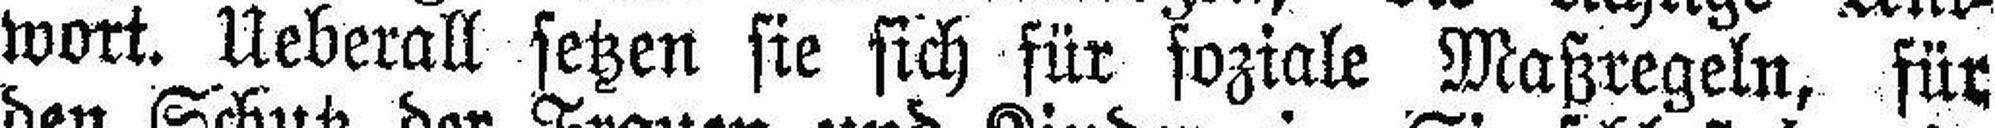
wort. Ueberall setzen sie sich für soziale Maßregeln, für